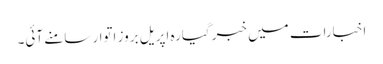
اخبارات میں خبر گیارہ اپریل بروز اتوار سامنے آئی۔